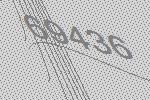
69436